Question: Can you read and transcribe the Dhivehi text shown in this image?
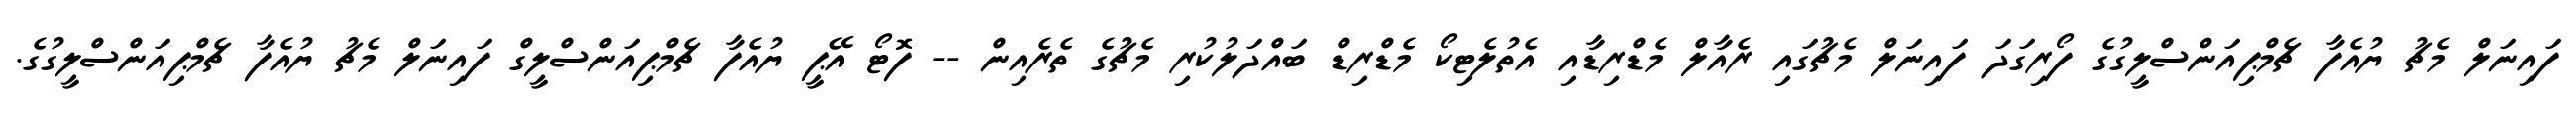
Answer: ފައިނަލް މެޗު ޔުއެފާ ޗެމްޕިއަންސްލީގުގެ ފޯރިގަދަ ފައިނަލް މެޗުގައި ރެއާލް މެޑްރިޑާއި އެތުލެޓިކޯ މެޑްރިޑް ބައްދަލުކުރި މެޗުގެ ތެރެއިން -- ފޮޓޯ އޭޕީ ޔުއެފާ ޗެމްޕިއަންސްލީގް ފައިނަލް މެޗު ޔުއެފާ ޗެމްޕިއަންސްލީގުގެ.